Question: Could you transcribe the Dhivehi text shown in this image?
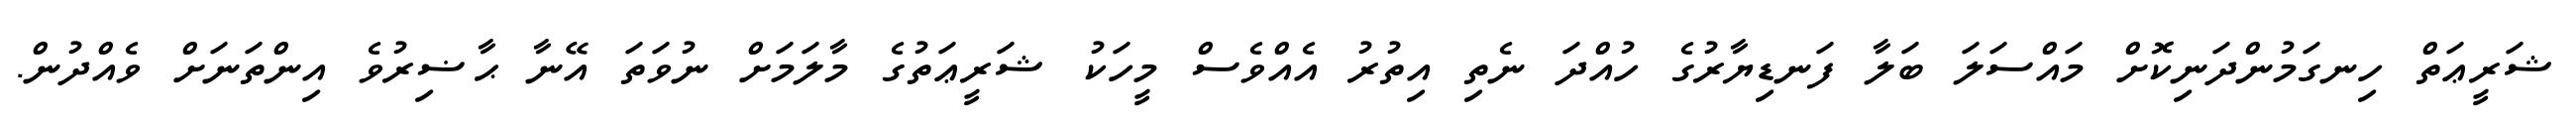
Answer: ޝަރީޢަތް ހިނގަމުންދަނިކޮށް މައްސަލަ ބަލާ ފަނޑިޔާރުގެ ހުއްދަ ނެތި އިތުރު އެއްވެސް މީހަކު ޝަރީޢަތުގެ މާލަމަށް ނުވަތަ އޭނާ ޙާޟިރުވެ އިންތަނަށް ވެއްދުން.